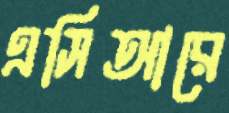
এসিআরে